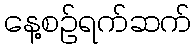
နေ့စဉ်ရက်ဆက်